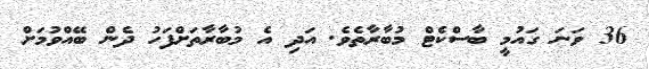
36 ވަނަ ގައުމީ ބާސްކެޓް މުބާރާތެވެ. އަދި އެ މުބާރާތަށްފަހު ދެން ބޭއްވުމަށް